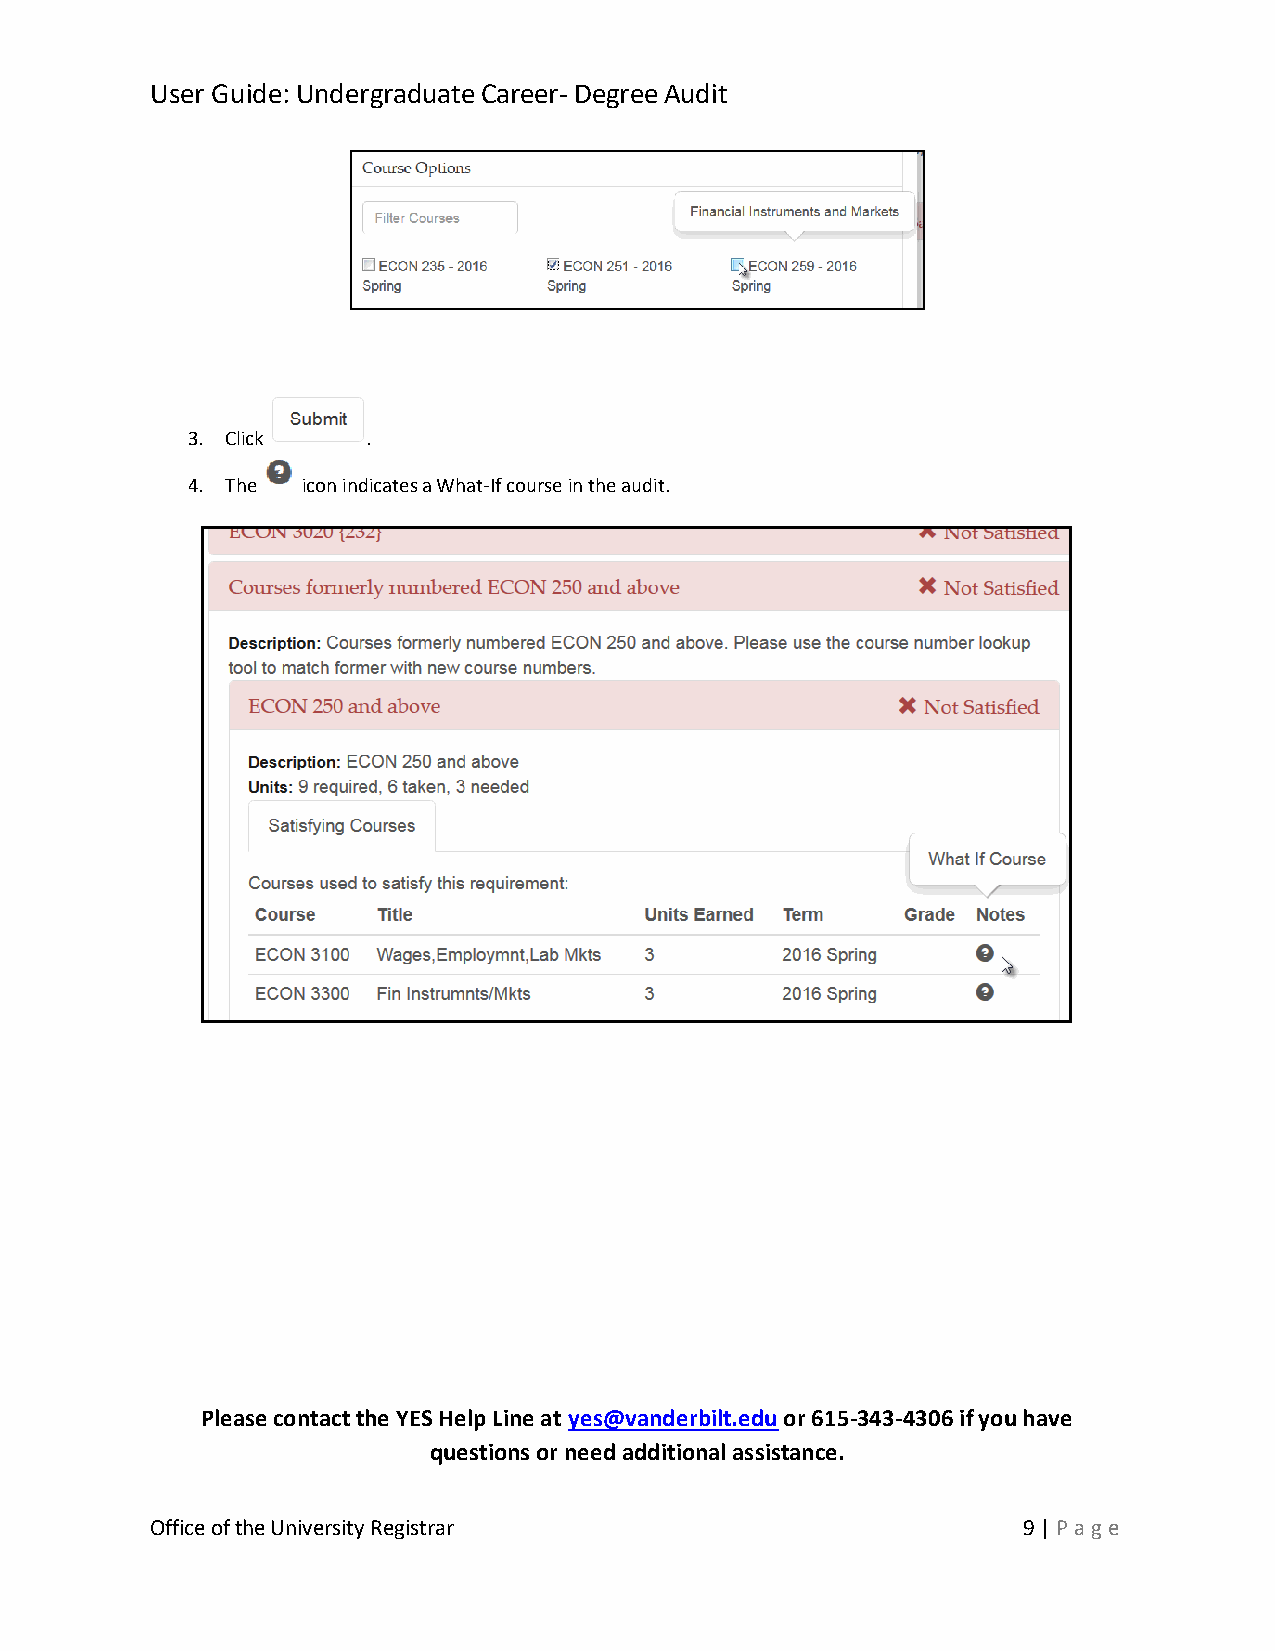
User Guide: Undergraduate Career- Degree Audit
 3. Click    .
 4. The  icon indicates a What-If course in the audit.
 Please contact the YES Help Line at yes@vanderbilt.edu or 615-343-4306 if you have
 questions or need additional assistance.
 Office of the University Registrar                        9 | Pag e